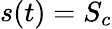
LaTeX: s(t)=S_{c}